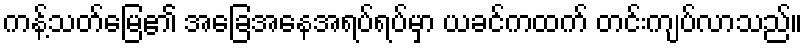
ကန့်သတ်မြေ၏ အခြေအနေအရပ်ရပ်မှာ ယခင်ကထက် တင်းကျပ်လာသည်။